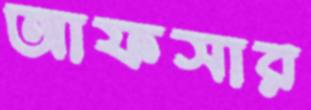
আফসার